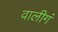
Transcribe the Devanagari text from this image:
वालीगं